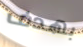
بهدف